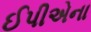
ઈપીએના